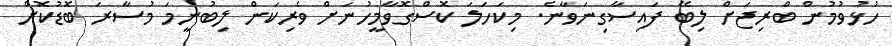
ހުޅުވުމުން ބްރިޖަށް ލިބޭ ފައިސާގިނަވާނެ. މިކަހަލަ ކޮސްގޮވާމީހުނަށް ވެރިކަން ލިބުނީމަ މުސާރަ ބޮޑުކޮށް